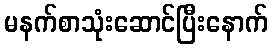
မနက်စာသုံးဆောင်ပြီးနောက်